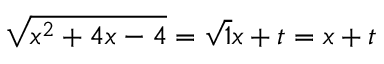
{ \sqrt { x ^ { 2 } + 4 x - 4 } } = { \sqrt { 1 } } x + t = x + t